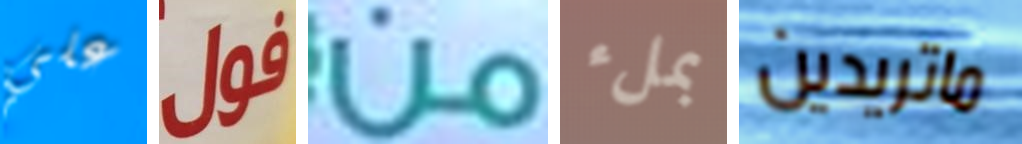
علي فول من بملء ماتريدين